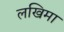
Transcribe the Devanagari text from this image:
लखिमा